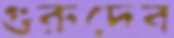
গুরুদেব